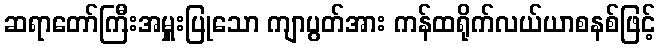
ဆရာတော်ကြီးအမှူးပြုသော ကျာပွတ်အား ကန်ထရိုက်လယ်ယာစနစ်ဖြင့်